Leprosy in India: report of the Leprosy Commission in India, 1890-91
Year: 1890
Disease focus: Leprosy
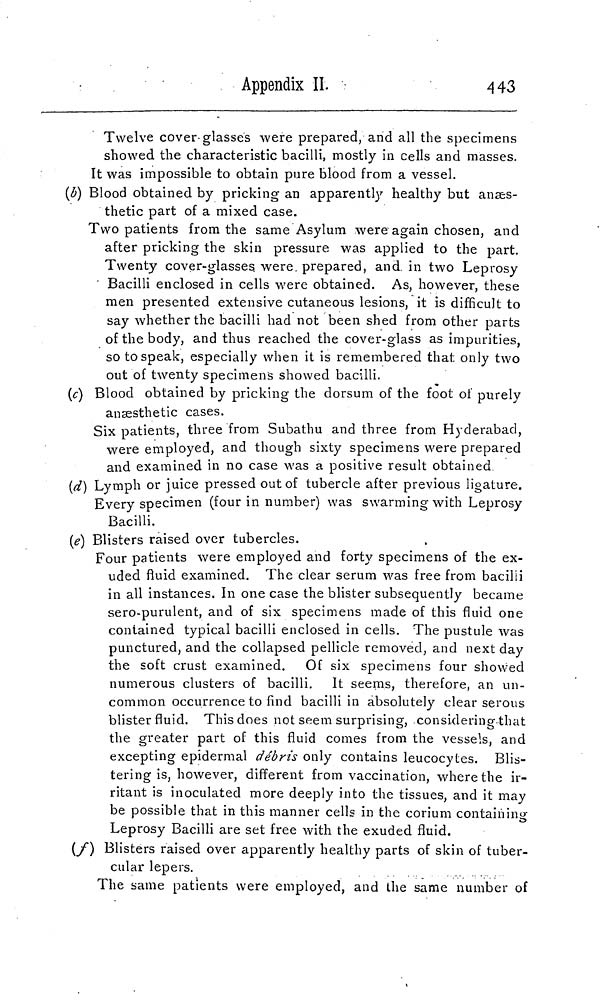
Appendix II.
443
Twelve cover glasses were prepared, and all the specimens
showed the characteristic bacilli, mostly in cells and masses.
It was impossible to obtain pure blood from a vessel.
(b) Blood obtained by pricking an apparenthy healthy but anaes-
thetic part of a mixed case.
Two patients from the same Asylum were again chosen, and
after pricking the skin pressure was applied to the part.
Twenty cover-glasses, were prepared, and in two Leprosy
Bacilli enclosed in cells were obtained. As, however, these
men presented extensive cutaneous lesions, it is difficult to
say whether the bacilli had not been shed from other parts
of the body, and thus reached the cover-glass as impurities,
so to speak, especially when it is remembered that only two
out of twenty specimens showed bacilli.
(c) Blood obtained by pricking the dorsum of the foot of purely
anæsthetic cases.
Six patients, three from Subathu and three from Hyderabad,
were employed, and though sixty specimens were prepared
and examined in no case was a positive result obtained
(d) Lymph or juice pressed out of tubercle after previous ligature.
Every specimen (four in number) was swarming with Leprosy
Bacilli.
(e) Blisters raised over tubercles.
Four patients were employed and forty specimens of the ex-
uded fluid examined. The clear serum was free from bacilli
in all instances. In one case the blister subsequently became
sero-purulent, and of six specimens made of this fluid one
contained typical bacilli enclosed in cells. The pustule was
punctured, and the collapsed pellicle removed, and next day
the soft crust examined. Of six specimens four showed
numerous clusters of bacilli. It seems, therefore, an un-
common occurrence to find bacilli in absolutely clear serous
blister fluid. This does not seem surprising, considering that
the greater part of this fluid comes from the vessels, and
excepting epidermal débris only contains leucocytes. Blis-
tering is, however, different from vaccination, where the ir-
ritant is inoculated more deeply into the tissues, and it may
be possible that in this manner cells in the corium containing
Leprosy Bacilli are set free with the exuded fluid.
(f) Blisters raised over apparently healthy parts of skin of tuber-
cular lepers.
The same patients were employed, and the same number of